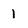
Character: 1